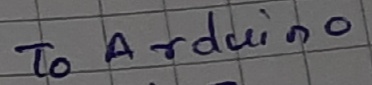
Text: To Arduino